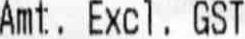
AMT. EXCL. GST